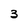
Character: 3